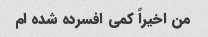
من اخیراً کمی افسرده شده ام